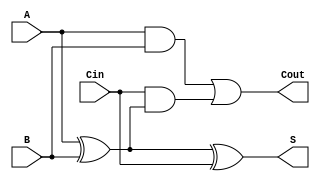
module full_adder (
    input wire A,       // First input bit
    input wire B,       // Second input bit
    input wire Cin,     // Carry-in bit
    output wire S,      // Sum output
    output wire Cout    // Carry-out output
);

// Internal signals
wire A_XOR_B;

// Calculate the sum output S using XOR
assign A_XOR_B = A ^ B; // A XOR B
assign S = A_XOR_B ^ Cin; // S = A XOR B XOR Cin

// Calculate the carry-out output Cout using AND and OR
assign Cout = (A & B) | (Cin & A_XOR_B); // Cout = (A AND B) OR (Cin AND (A XOR B))

endmodule